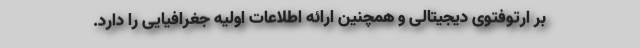
بر ارتوفتوی دیجیتالی و همچنین ارائه اطلاعات اولیه جغرافیایی را دارد.